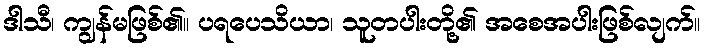
ဒါသီ၊ ကျွန်မဖြစ်၏။ ပရပေသိယာ၊ သူတပါးတို့၏ အစေအပါးဖြစ်လျက်။